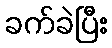
ခက်ခဲပြီး